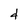
Character: 4